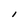
Character: I